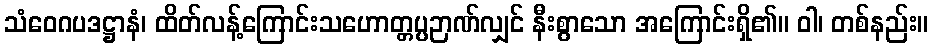
သံဝေဂပဒဋ္ဌာနံ၊ ထိတ်လန့်ကြောင်းသဟောတ္တပ္ပဉာဏ်လျှင် နီးစွာသော အကြောင်းရှိ၏။ ဝါ၊ တစ်နည်း။